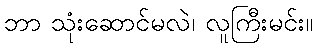
ဘာ သုံးဆောင်မလဲ၊ လူကြီးမင်း။